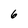
Character: 6